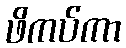
ဖိကပ်ကာ